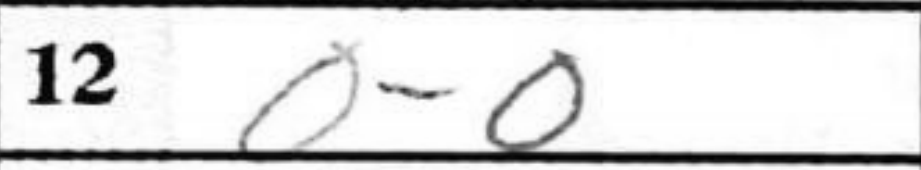
Transcription: O-O